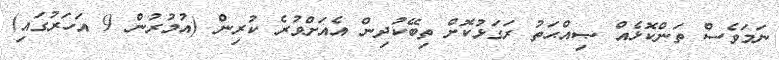
ނަމަވެސް ތަންކޮޅެއް ޞިއްޙަތު ރަގަޅުކޮށް ތިބޭކުދިން އެއަށްވުރެ ކުރިން (އުމުރުން 9 އަހަރުގައި)